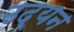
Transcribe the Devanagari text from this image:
उद्यन